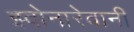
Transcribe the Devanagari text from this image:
झ्वोनारेवानीं